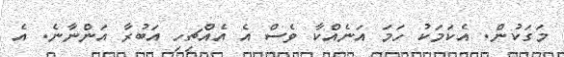
މަގަކުން. އެކަމަކު ހަމަ އަނެއްކާ ވެސް އެ އެއްޗިހި އަބުރާ އަންނާނެ. އެ